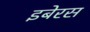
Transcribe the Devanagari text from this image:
इबेरस